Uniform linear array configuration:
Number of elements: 64
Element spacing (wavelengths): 0.25
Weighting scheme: kaiser
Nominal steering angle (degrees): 30
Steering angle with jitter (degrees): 29.21
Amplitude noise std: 0.05
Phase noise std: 0.05

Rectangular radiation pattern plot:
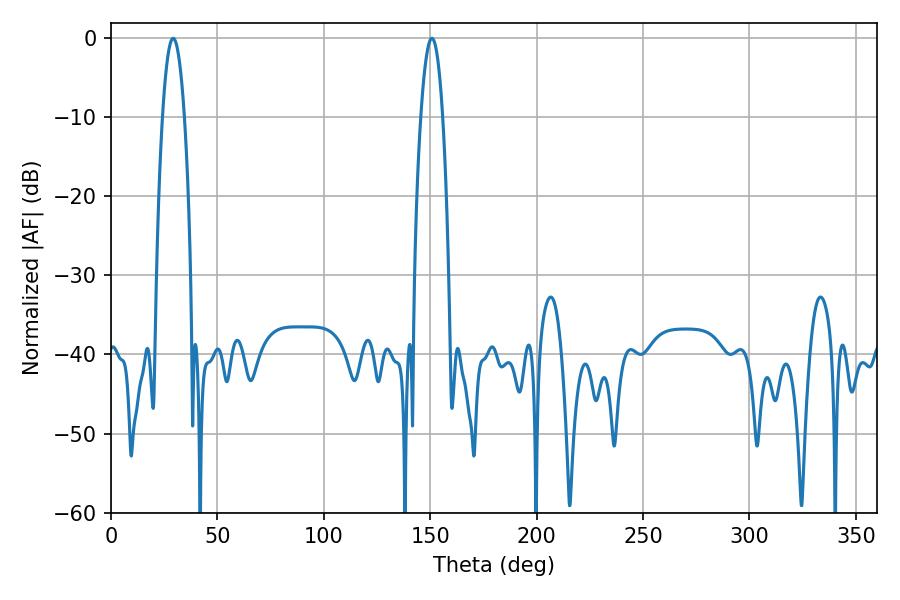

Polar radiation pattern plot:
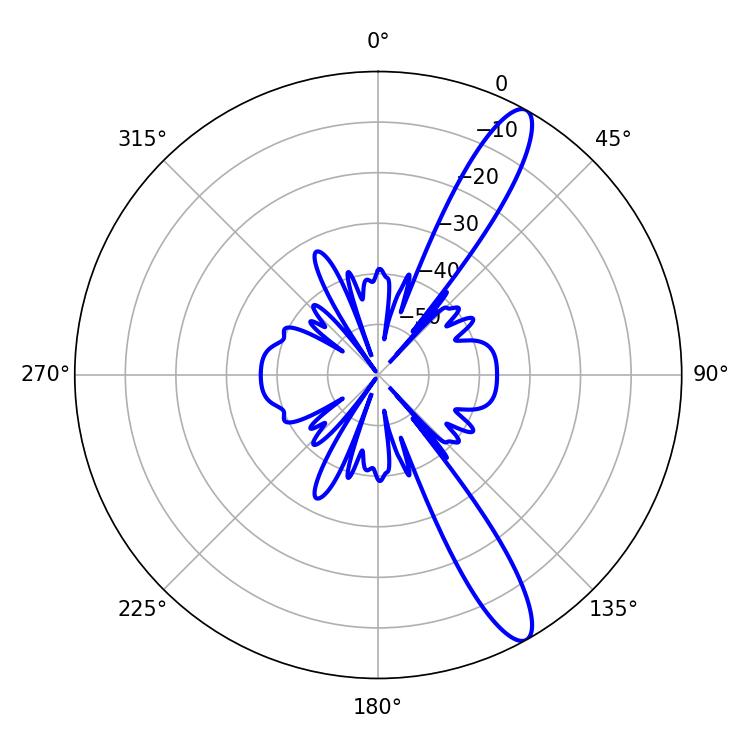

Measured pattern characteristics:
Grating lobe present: FALSE
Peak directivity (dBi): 12.821
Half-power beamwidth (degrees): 5.58
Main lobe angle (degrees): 29.16